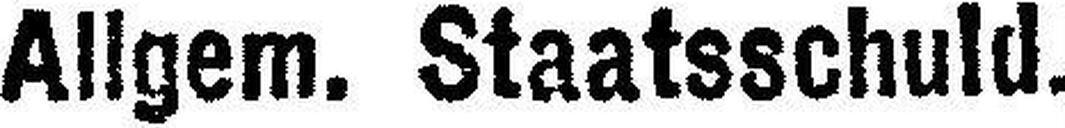
Allgem. Staatsschuld.